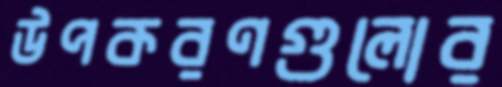
উপকরণগুলোর